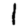
Digit: 1